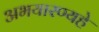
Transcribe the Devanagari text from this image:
अभयारण्यहे